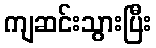
ကျဆင်းသွားပြီး